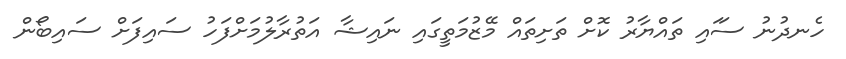
ހެނދުނު ސަައި ތައްޔާރު ކޮށް ތަށިތައް މޭޒުމަތީގައި ނައިޝާ އަތުރާލުމަށްފަހު ސައިފަށް ސައިބޯން